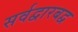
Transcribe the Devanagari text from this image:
सर्वद्वारबद्व